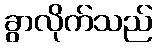
ခွာလိုက်သည်